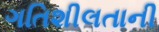
ગતિશીલતાની